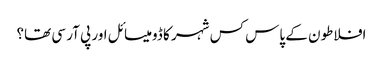
افلاطون کے پاس کس شہر کا ڈومیسائل اور پی آر سی تھا؟